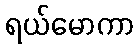
ရယ်မောကာ